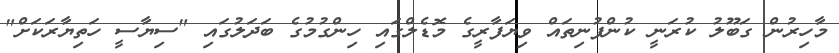
މާހިރުން ގަބޫލު ކުރަނީ ކުންފުނިތައް ވިޔަފާރީގެ މޮޑެލްގައި ހިންގުމުގެ ބަދަލުގައި "ސިޔާސީ ހަތިޔާރަކަށް"